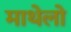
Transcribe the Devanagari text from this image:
माथेलो